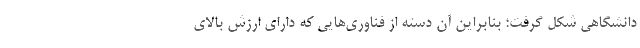
دانشگاهی شکل گرفت؛ بنابراین آن دسته از فناوری‌هایی که دارای ارزش بالای